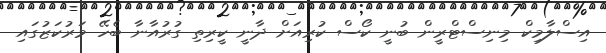
އިސްލާމިކް މިނިސްޓްރީން ބުނީ ކޯސް ކުރިއަށް ދާނީ ކީރިތި ގުރުއާނާ ބެހޭ މަރުކަޒުގައި